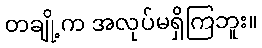
တချို့က အလုပ်မရှိကြဘူး။